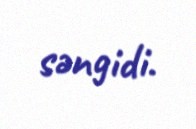
səngidi.